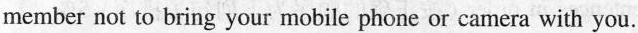
member not to bring your mobile phone or camera with you.